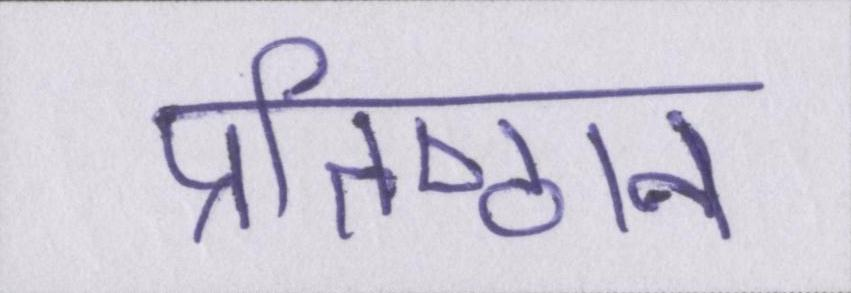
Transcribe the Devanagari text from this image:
प्रतिष्ठान